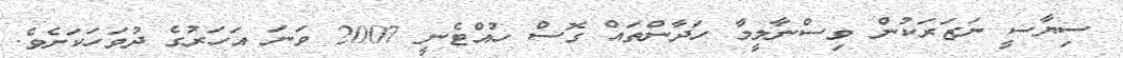
ސިޔާސީ ނަޒަރަކުން ވިސްނާލީމާ ހަދާންތައް ގޮސް ހުއްޓެނީ 2007 ވަނަ އަހަރުގެ ދުވަހަކަށެވެ.